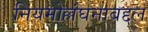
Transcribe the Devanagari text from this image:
नियमोल्लंघनाबद्दल